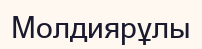
Молдиярұлы